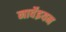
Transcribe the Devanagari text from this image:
नार्वेइयन